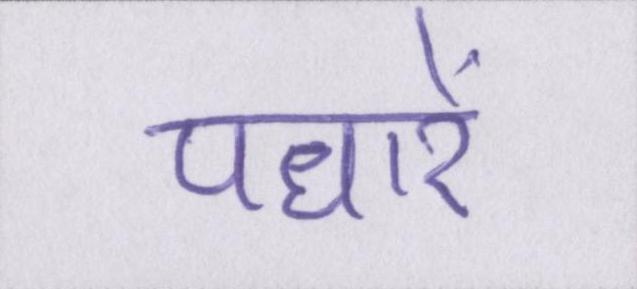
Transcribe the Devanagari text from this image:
पधारें